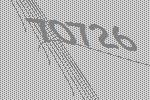
70726